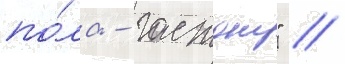
по́ла - гастону" //